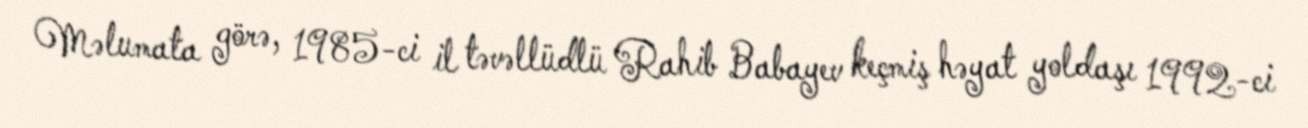
Məlumata görə, 1985-ci il təvəllüdlü Rahib Babayev keçmiş həyat yoldaşı 1992-ci